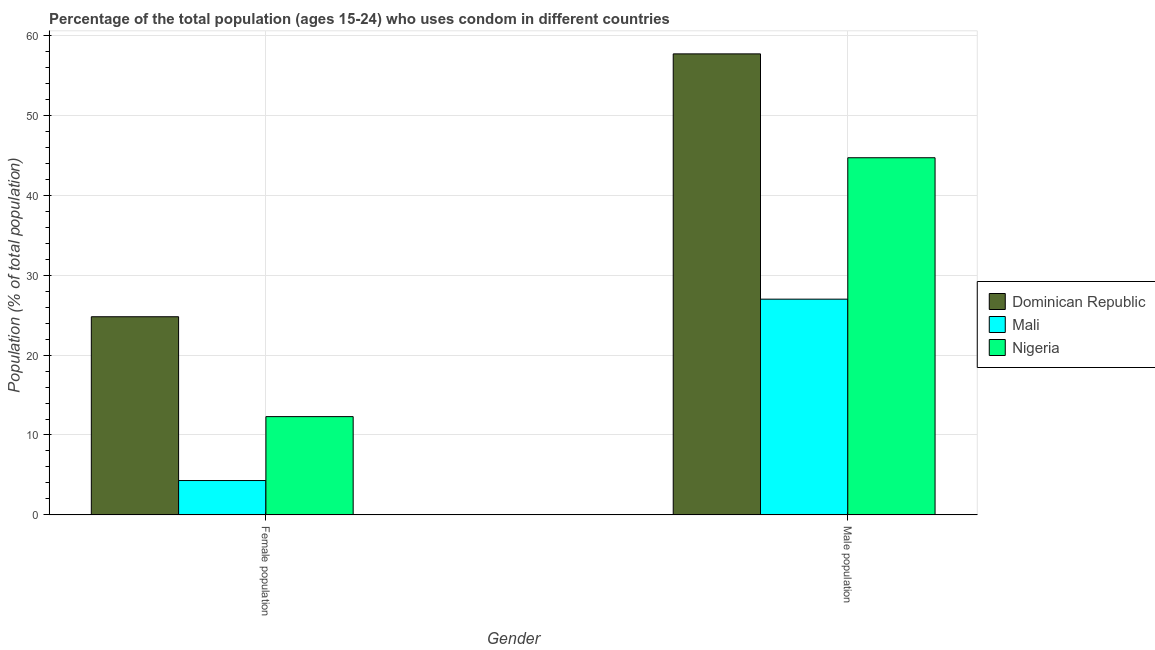
| Gender | Dominican Republic | Mali | Nigeria |
 | --- | --- | --- | --- |
 | Female population | 24.8 | 4.3 | 12.3 |
 | Male population | 57.7 | 27 | 44.7 |